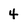
Character: 4